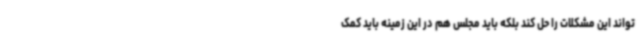
تواند این مشکلات را حل کند بلکه باید مجلس هم در این زمینه باید کمک